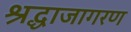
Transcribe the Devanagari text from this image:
श्रद्धाजागरण